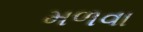
મળવા